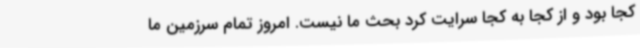
کجا بود و از کجا به کجا سرایت کرد بحث ما نیست. امروز تمام سرزمین ما